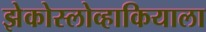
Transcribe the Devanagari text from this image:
झेकोस्लोव्हाकियाला